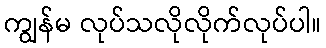
ကျွန်မ လုပ်သလိုလိုက်လုပ်ပါ။